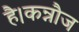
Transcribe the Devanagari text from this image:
है।कन्नौज